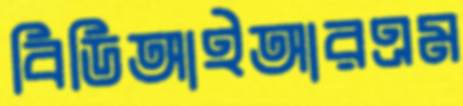
বিডিআইআরএম